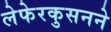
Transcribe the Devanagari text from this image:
लेफेरकुसनने